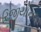
રિજીયોનલ